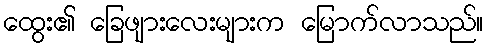
ထွေး၏ ခြေဖျားလေးများက မြောက်လာသည်။